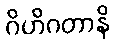
ဂိဟိဂတာနိ